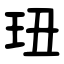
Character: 㺲